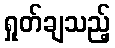
ရှုတ်ချသည့်